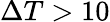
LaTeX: \Delta T>10